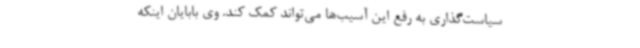
سیاست‌گذاری به رفع این آسیب‌ها می‌تواند کمک کند. وی بابایان اینکه